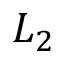
L _ { 2 }